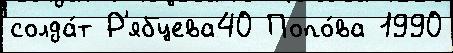
солда́т Р'ябцева40 Попо́ва 1990